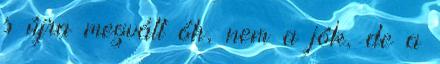
s újra megvált óh, nem a jók, de a